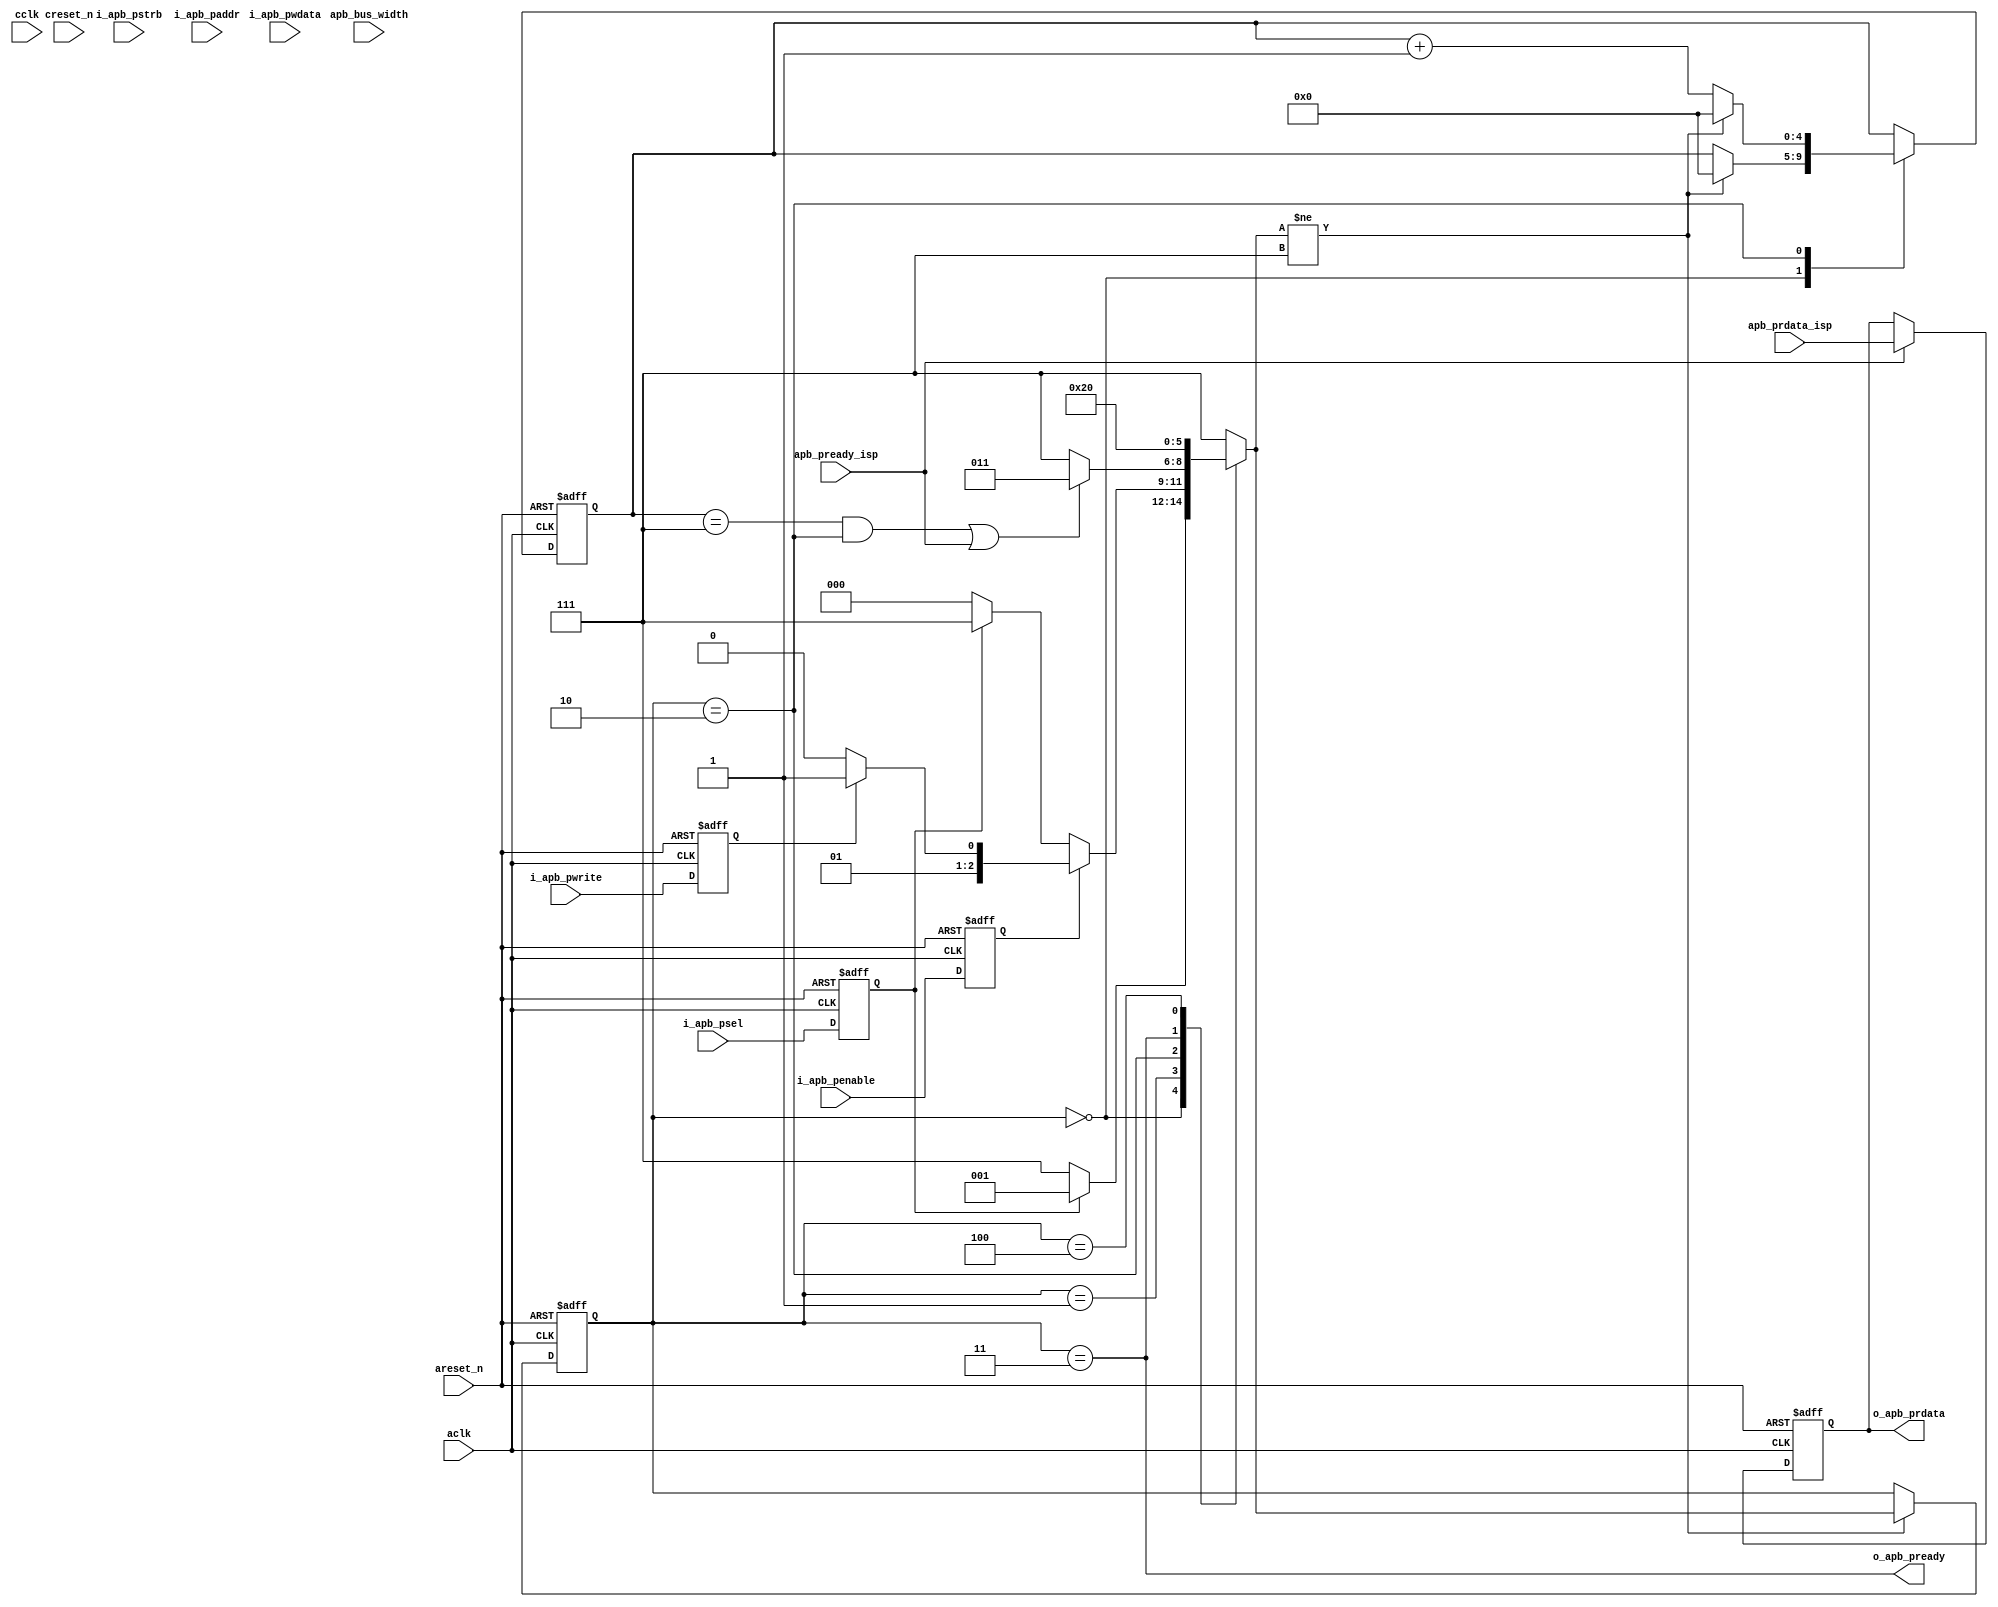
module apb_host_if
#(
    parameter   APB_ABIT = 16,
    parameter   APB_DBIT = 32
)
(
    input                       aclk                ,        
    input                       areset_n            ,   
    input                       cclk                ,        
    input                       creset_n            ,   

    input                       i_apb_psel          ,     
    input                       i_apb_penable       ,     
    input       [3:0]           i_apb_pstrb         ,
    input                       i_apb_pwrite        ,      
    input       [APB_ABIT-1:0]  i_apb_paddr         ,       
    input       [APB_DBIT-1:0]  i_apb_pwdata        ,      
    input                       apb_bus_width       ,
    input                       apb_pready_isp      ,
    input       [APB_DBIT-1:0]  apb_prdata_isp      ,
                                    
    output wire                 o_apb_pready        ,      
    output wire [APB_DBIT-1:0]  o_apb_prdata        
);

reg                 apb_psel    ;
reg                 apb_penable;                                               
reg [3:0]           apb_pstrb  ;
reg                 apb_pwrite ;       
reg [APB_ABIT-1:0]  apb_paddr  ;
reg [APB_DBIT-1:0]  apb_pwdata ;
always @(negedge areset_n or posedge aclk) begin                    
    if(~areset_n) begin                                              
        apb_psel    <= 0;
        apb_penable <= 0;                                            
        apb_pstrb   <= 0;
        apb_pwrite  <= 0;                                            
        apb_paddr   <= 0;
        apb_pwdata  <= 0;
    end                                                              
    else begin                                                       
        apb_psel    <= i_apb_psel   ;
        apb_penable <= i_apb_penable;                                   
        apb_pstrb   <= i_apb_pstrb  ;
        apb_pwrite  <= i_apb_pwrite ;                                          
        apb_paddr   <= i_apb_paddr  ;
        apb_pwdata  <= i_apb_pwdata ;
    end                                                              
end   

reg [2:0]   arstate;
reg [2:0]   next_arstate;
reg [4:0]   maincnt;

wire        apb_miss_addr;

localparam AR_IDLE      = 0;
localparam AR_OP_STT    = 1;
localparam AR_R_RDY     = 2;    // read
localparam AR_S_RDY     = 3;    // send ready
localparam AR_DONE      = 4;
localparam AR_UNDEFINED = 7;

always @(*) begin
    next_arstate = AR_UNDEFINED;
    case (arstate)
        AR_IDLE :
            if (apb_psel)
                next_arstate = AR_OP_STT;

        AR_OP_STT :
            if (apb_penable)
                next_arstate = apb_pwrite ? AR_S_RDY : AR_R_RDY;
            else if(~apb_psel)
                next_arstate = AR_IDLE;

        AR_R_RDY :
            if (apb_miss_addr | apb_pready_isp)
                next_arstate = AR_S_RDY;

        AR_S_RDY :
            next_arstate = AR_DONE;

        AR_DONE :
            next_arstate = AR_IDLE;

    endcase
end

wire ar_r_rdy = (arstate == AR_R_RDY);
wire ar_s_rdy = (arstate == AR_S_RDY);

wire change_arstate = (next_arstate != AR_UNDEFINED);
always @(posedge aclk, negedge areset_n) begin
    if (~areset_n)              arstate <= AR_IDLE;
    else if (change_arstate)    arstate <= next_arstate;
end

localparam APB_MISS_ADDR_FIRE_NUM = 8;
assign apb_miss_addr = (maincnt == (APB_MISS_ADDR_FIRE_NUM - 1)) & ar_r_rdy;

always @(posedge aclk, negedge areset_n) begin
    if (~areset_n)  maincnt <= 0;
    else begin
        case (arstate)
            AR_IDLE :
                if (change_arstate)
                    maincnt <= 0;

            AR_R_RDY :
                if (change_arstate)
                    maincnt <= 0;
                else
                    maincnt <= maincnt + 1;
        endcase
    end
end

reg [APB_DBIT-1:0]  apb_prdata_d1;
always @(posedge aclk, negedge areset_n) begin
    if (~areset_n)              apb_prdata_d1 <= 0;
    else if (apb_pready_isp)    apb_prdata_d1 <= apb_prdata_isp;
end

assign o_apb_pready = ar_s_rdy;
`ifdef RTL_SIM
assign o_apb_prdata = ar_s_rdy ? apb_prdata_d1 : 32'h0;
`else
assign o_apb_prdata = apb_prdata_d1;
`endif

endmodule